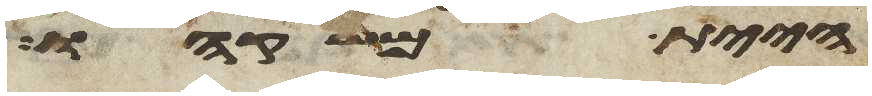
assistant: היית משקהו